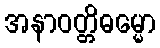
အနာဝတ္တိဓမ္မော